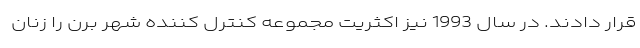
قرار دادند. در سال 1993 نیز اکثریت مجموعه کنترل کننده شهر برن را زنان